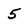
Character: 5